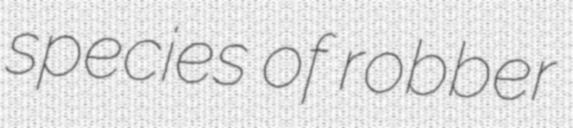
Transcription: species of robber